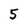
Character: 5